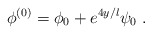
\begin{align*}\phi^{(0)} = \phi_0 + e^{4 y/l} \psi_0 \ . \end{align*}